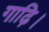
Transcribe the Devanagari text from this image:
गाढ़ि।